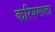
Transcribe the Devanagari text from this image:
करिश्माता